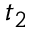
t _ { 2 }